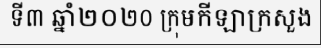
ទី៣ ឆ្នាំ២០២០ ក្រុមកីឡាក្រសួង